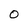
Character: 0